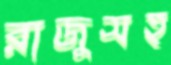
রাজুসহ